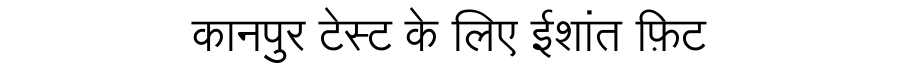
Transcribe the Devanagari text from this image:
कानपुर टेस्ट के लिए ईशांत फ़िट